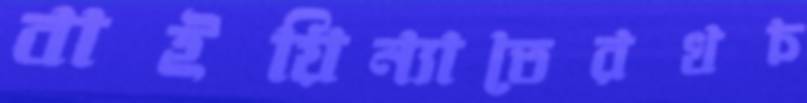
বাইয়িন্যাতেরখচ